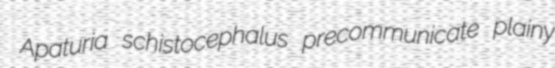
Apaturia schistocephalus precommunicate plainy